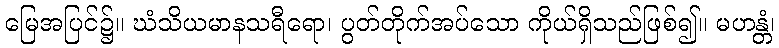
မြေအပြင်၌။ ဃံသိယမာနသရီရော၊ ပွတ်တိုက်အပ်သော ကိုယ်ရှိသည်ဖြစ်၍။ မဟန္တံ၊